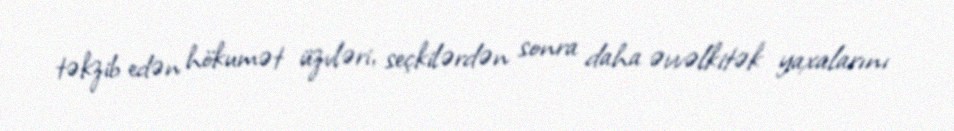
təkzib edən hökumət üzvləri, seçkilərdən sonra daha əvvəlkitək yaxalarını